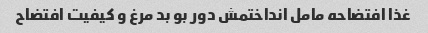
غذا افتضاحه مامل انداختمش دور بو بد مرغ و کیفیت افتضاح